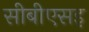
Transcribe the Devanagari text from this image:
सीबीएसइ